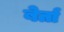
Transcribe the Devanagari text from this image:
बेर्ता